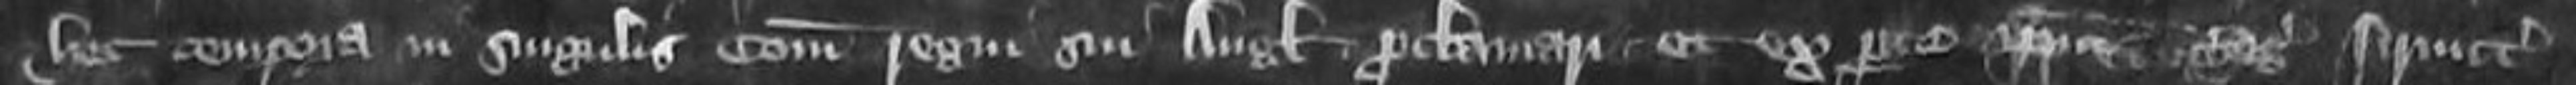
hec tempora in singulis comitatibus regni sui Anglie proclamari et ex parte ipsius Regis firmiter